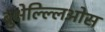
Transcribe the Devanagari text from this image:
ब्रुक्षेल्ल्लिओस